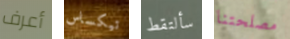
أعرف تيكساس سألتقط مصلحتنا